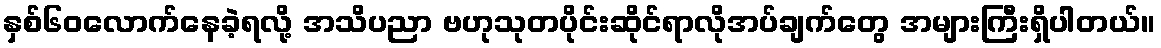
နှစ်၆၀လောက်နေခဲ့ရလို့ အသိပညာ ဗဟုသုတပိုင်းဆိုင်ရာလိုအပ်ချက်တွေ အများကြီးရှိပါတယ်။